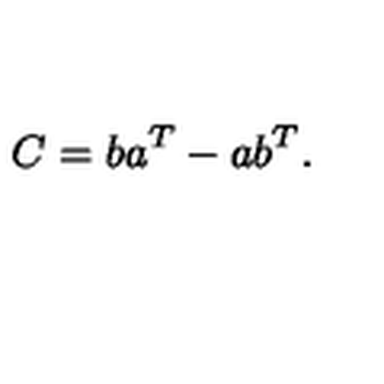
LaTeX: C = b a \sp { T } - a b \sp { T } .